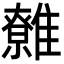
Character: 䨅